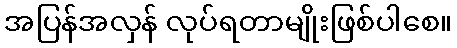
အပြန်အလှန် လုပ်ရတာမျိုးဖြစ်ပါစေ။